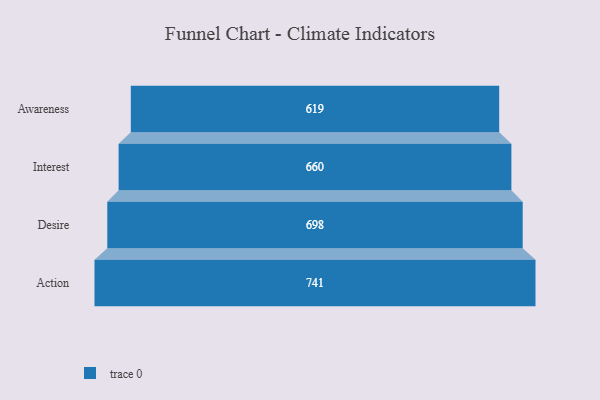
{"axis": {"x": "Stage", "y": "Value"}, "legend": [""], "data": [{"x": "Awareness", "y": 619.0, "type": ""}, {"x": "Interest", "y": 660.0, "type": ""}, {"x": "Desire", "y": 698.0, "type": ""}, {"x": "Action", "y": 741.0, "type": ""}]}